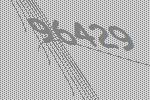
96429